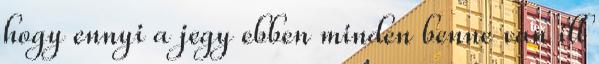
hogy ennyi a jegy ebben minden benne van ill